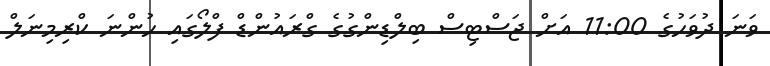
ވަނަ ދުވަހުގެ 11:00 އަށް ޖަސްޓިސް ބިލްޑިންގުގެ ގްރައުންޑް ފްލޯގައި ހުންނަ ކްރިމިނަލް